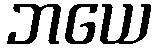
ဘယေ